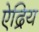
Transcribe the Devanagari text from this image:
ऐद्रिय